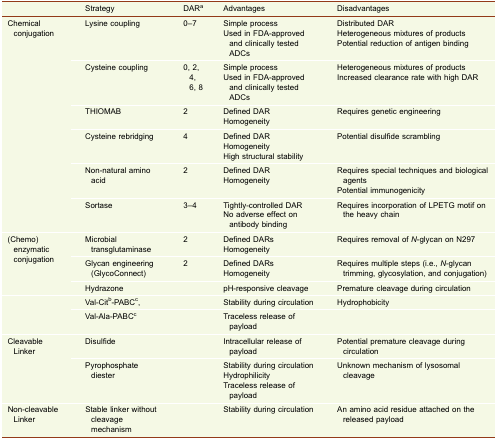
<table><thead><tr><td></td><td><b>Strategy</b></td><td><b>DAR<sup>a</sup></b></td><td><b>Advantages</b></td><td><b>Disadvantages</b></td></tr></thead><tbody><tr><td rowspan="6">Chemical conjugation</td><td>Lysine coupling</td><td>0–7</td><td>Simple processUsed in FDA-approved and clinically tested ADCs</td><td>Distributed DARHeterogeneous mixtures of productsPotential reduction of antigen binding</td></tr><tr><td>Cysteine coupling</td><td>0, 2, 4, 6, 8</td><td>Simple processUsed in FDA-approved and clinically tested ADCs</td><td>Heterogeneous mixtures of productsIncreased clearance rate with high DAR</td></tr><tr><td>THIOMAB</td><td>2</td><td>Defined DARHomogeneity</td><td>Requires genetic engineering</td></tr><tr><td>Cysteine rebridging</td><td>4</td><td>Defined DARHomogeneityHigh structural stability</td><td>Potential disulfide scrambling</td></tr><tr><td>Non-natural amino acid</td><td>2</td><td>Defined DARHomogeneity</td><td>Requires special techniques and biological agentsPotential immunogenicity</td></tr><tr><td>Sortase</td><td>3–4</td><td>Tightly-controlled DARNo adverse effect on antibody binding</td><td>Requires incorporation of LPETG motif on the heavy chain</td></tr><tr><td rowspan="3">(Chemo) enzymatic conjugation</td><td>Microbial transglutaminase</td><td>2</td><td>Defined DARsHomogeneity</td><td>Requires removal of <i>N</i>-glycan on N297</td></tr><tr><td>Glycan engineering (GlycoConnect)</td><td>2</td><td>Defined DARsHomogeneity</td><td>Requires multiple steps (i.e., <i>N</i>-glycan trimming, glycosylation, and conjugation)</td></tr><tr><td>Hydrazone</td><td></td><td>pH-responsive cleavage</td><td>Premature cleavage during circulation</td></tr><tr><td rowspan="2"></td><td>Val-Cit<sup>b</sup>-PABC<sup>c</sup>,</td><td></td><td>Stability during circulation</td><td>Hydrophobicity</td></tr><tr><td>Val-Ala-PABC<sup>c</sup></td><td></td><td>Traceless release of payload</td><td></td></tr><tr><td rowspan="2">Cleavable Linker</td><td>Disulfide</td><td></td><td>Intracellular release of payload</td><td>Potential premature cleavage during circulation</td></tr><tr><td>Pyrophosphate diester</td><td></td><td>Stability during circulationHydrophilicityTraceless release of payload</td><td>Unknown mechanism of lysosomal cleavage</td></tr><tr><td>Non-cleavable Linker</td><td>Stable linker without cleavage mechanism</td><td></td><td>Stability during circulation</td><td>An amino acid residue attached on the released payload</td></tr></tbody></table>